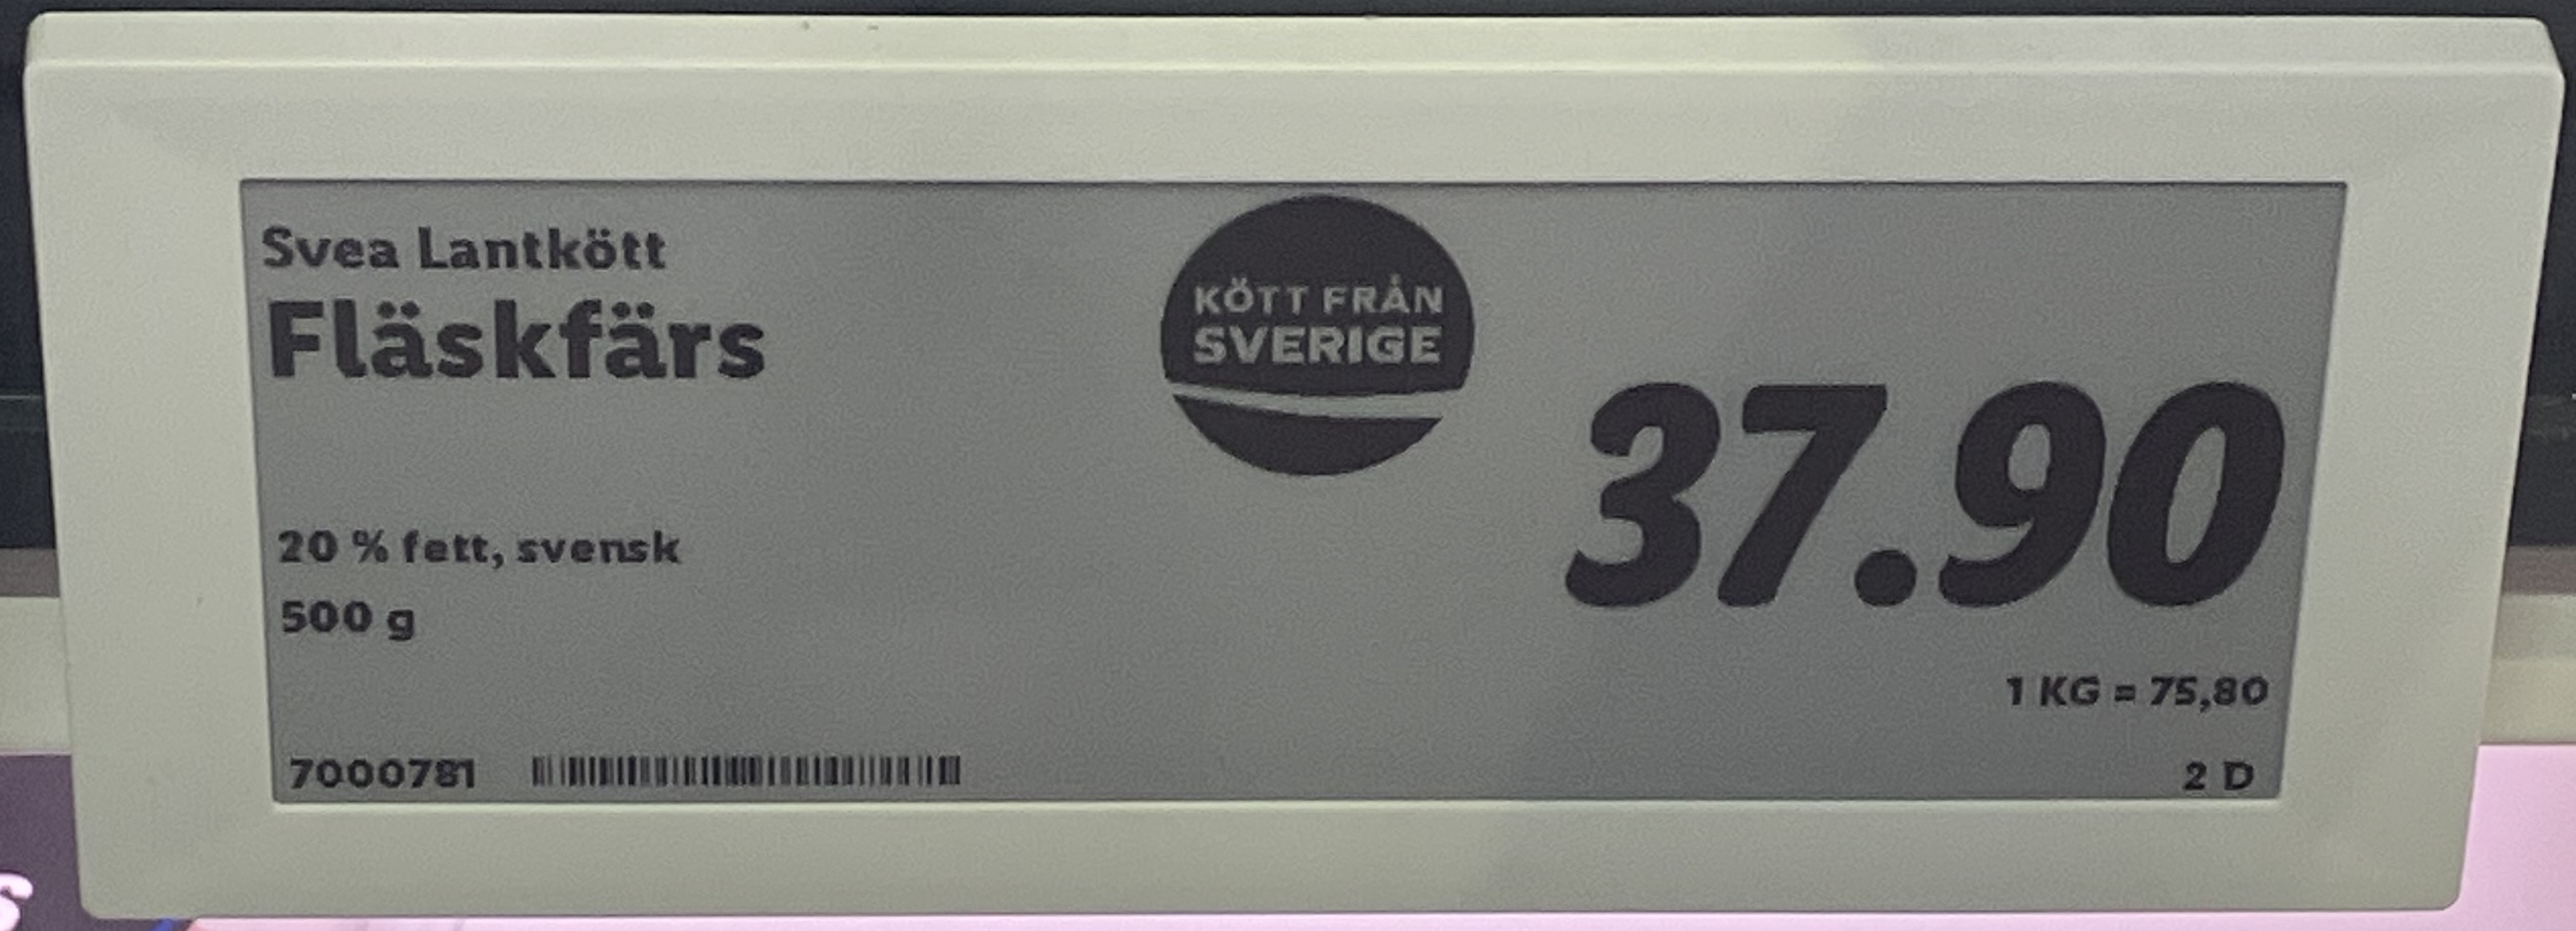
Vara: Fläskfärs
Genomsnittspris: 75.8 per kg